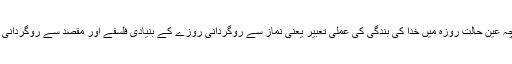
چنانچہ عین حالتِ روزہ میں خدا کی بندگی کی عملی تعبیر یعنی نماز سے روگردانی روزے کے بنیادی فلسفے اور مقصد سے روگردانی ہے ۔